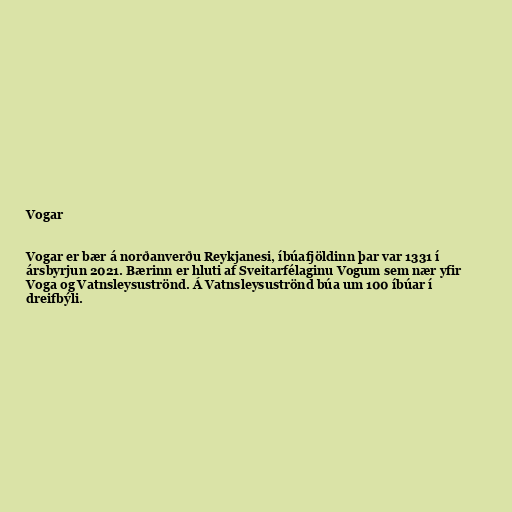
Vogar

Vogar er bær á norðanverðu Reykjanesi, íbúafjöldinn þar var 1331 í
ársbyrjun 2021. Bærinn er hluti af Sveitarfélaginu Vogum sem nær yfir
Voga og Vatnsleysuströnd. Á Vatnsleysuströnd búa um 100 íbúar í
dreifbýli.